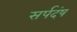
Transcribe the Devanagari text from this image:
सर्पदंष